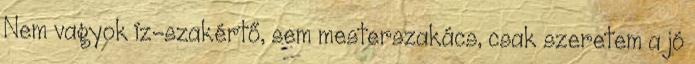
Nem vagyok íz-szakértő, sem mesterszakács, csak szeretem a jó